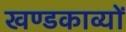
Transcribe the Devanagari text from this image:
खण्डकाव्यों